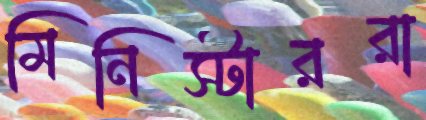
মিনিস্টাররা